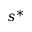
s ^ { * }